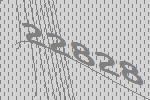
22828